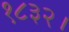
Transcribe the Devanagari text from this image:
१८३२।